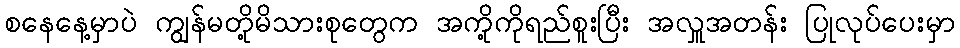
စနေနေ့မှာပဲ ကျွန်မတို့မိသားစုတွေက အကို့ကိုရည်စူးပြီး အလှူအတန်း ပြုလုပ်ပေးမှာ